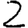
Digit: 2